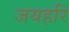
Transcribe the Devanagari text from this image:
जयहरि